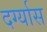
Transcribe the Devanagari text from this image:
दर्ग्यास